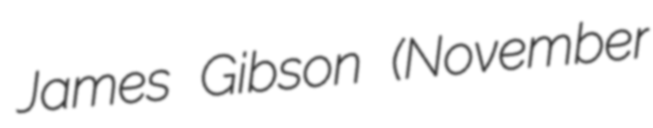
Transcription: James Gibson (November